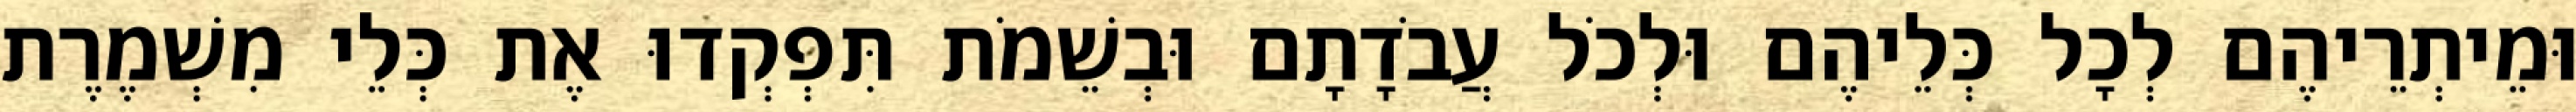
וּמֵיתְרֵיהֶם לְכָל כְּלֵיהֶם וּלְכֹל עֲבֹדָתָם וּבְשֵׁמֹת תִּפְקְדוּ אֶת כְּלֵי מִשְׁמֶרֶת